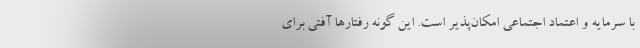
با سرمایه و اعتماد اجتماعی امکان‌پذیر است. این گونه رفتارها آفتی برای